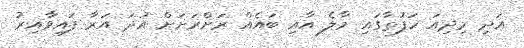
އަދި މިދިއަ ހަފުތާގައި މާލެ އާއި ބައެއް ރަށްރަށަށް އުދަ އަރާ ފައިވާއިރު